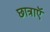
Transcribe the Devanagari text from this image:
छात्राएॅ